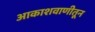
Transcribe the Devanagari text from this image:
आकाशवाणीतून